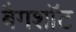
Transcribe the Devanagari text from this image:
बैगशॉट